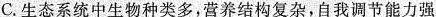
C.生态系统中生物种类多，营养结构复杂，自我调节能力强